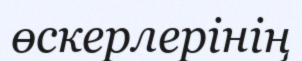
өскерлерінің